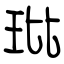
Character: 玭